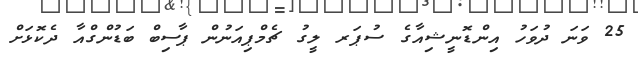
25 ވަނަ ދުވަހު އިންޑޮނީޝިއާގެ ސުޕަރ ލީގު ޗެމްޕިއަނުން ޕާސިބް ބަޑުންގްއާ ދެކޮޅަށް